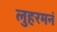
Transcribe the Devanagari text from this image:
लुहरमनं